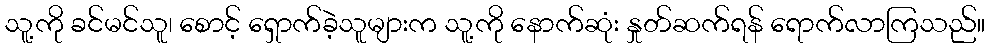
သူ့ကို ခင်မင်သူ၊ စောင့် ရှောက်ခဲ့သူများက သူ့ကို နောက်ဆုံး နှုတ်ဆက်ရန် ရောက်လာကြသည်။